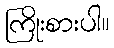
ကြိုးစားပါ။